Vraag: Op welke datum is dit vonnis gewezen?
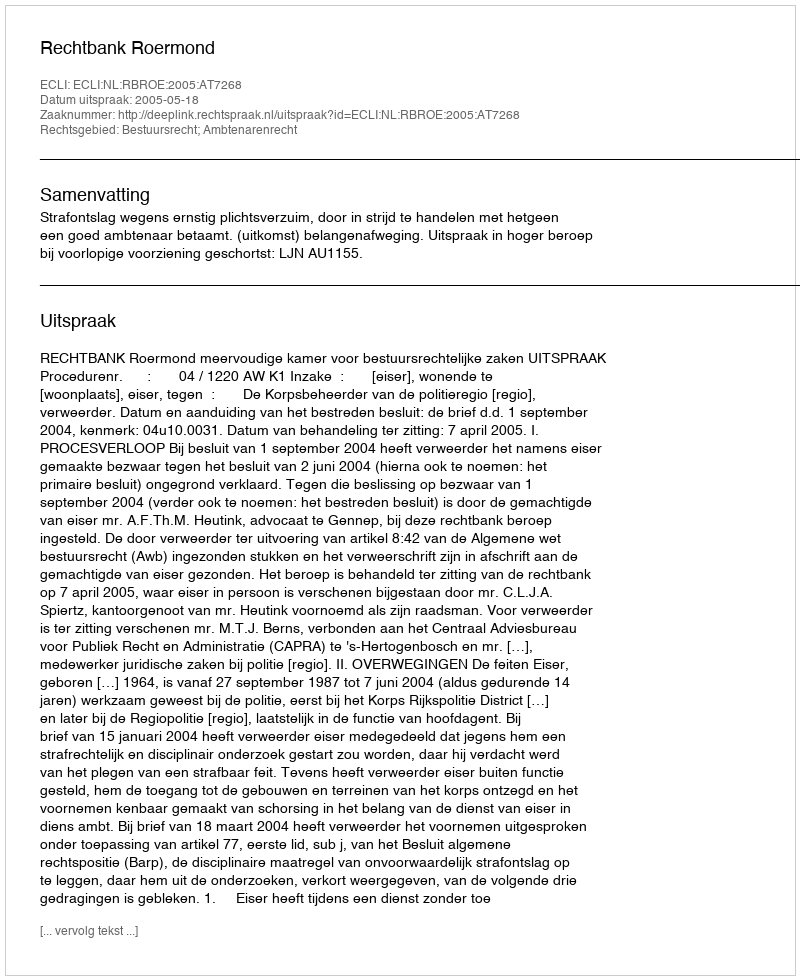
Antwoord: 2005-05-18